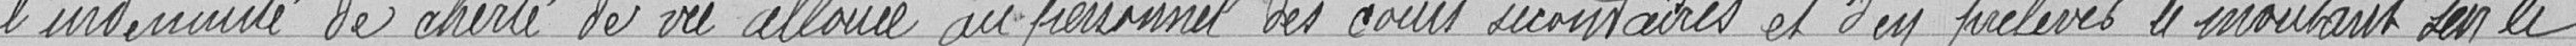
l'indemnité de cherté de vie allouée au personnel des cours secondaires et d'en prélever le montant sur le